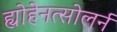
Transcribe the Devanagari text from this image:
ह्योहेनत्सोलर्न